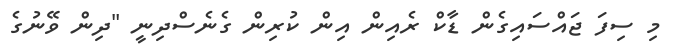
މި ސިފަ ޖައްސައިގެން ޑާކް ރެއިން އިން ކުރިން ގެނެސްދިނީ "ދިން ވޭނުގެ